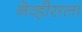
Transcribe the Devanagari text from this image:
नेव्हीसला